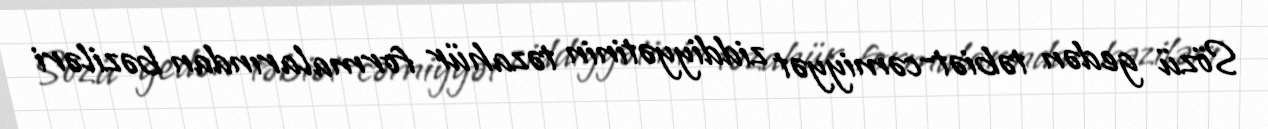
Sözü gedən təbiət-cəmiyyət ziddiyyətinin təzahür formalarından bəziləri